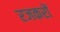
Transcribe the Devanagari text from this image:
रजकरों